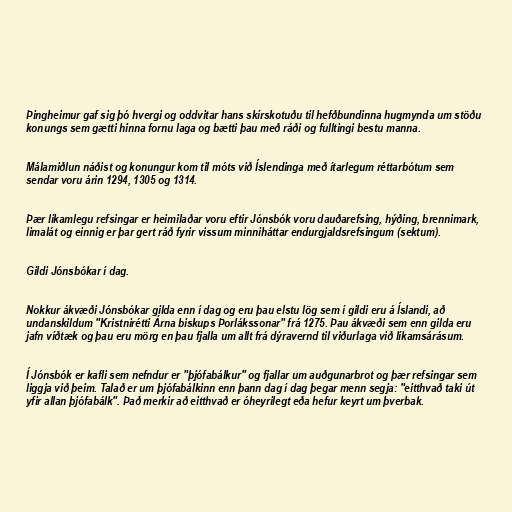
Þingheimur gaf sig þó hvergi og oddvitar hans skírskotuðu til hefðbundinna hugmynda um stöðu
konungs sem gætti hinna fornu laga og bætti þau með ráði og fulltingi bestu manna.

Málamiðlun náðist og konungur kom til móts við Íslendinga með ítarlegum réttarbótum sem
sendar voru árin 1294, 1305 og 1314.

Þær líkamlegu refsingar er heimilaðar voru eftir Jónsbók voru dauðarefsing, hýðing, brennimark,
limalát og einnig er þar gert ráð fyrir vissum minniháttar endurgjaldsrefsingum (sektum).

Gildi Jónsbókar í dag.

Nokkur ákvæði Jónsbókar gilda enn í dag og eru þau elstu lög sem í gildi eru á Íslandi, að
undanskildum "Kristnirétti Árna biskups Þorlákssonar" frá 1275. Þau ákvæði sem enn gilda eru
jafn víðtæk og þau eru mörg en þau fjalla um allt frá dýravernd til viðurlaga við líkamsárásum.

Í Jónsbók er kafli sem nefndur er "þjófabálkur" og fjallar um auðgunarbrot og þær refsingar sem
liggja við þeim. Talað er um þjófabálkinn enn þann dag í dag þegar menn segja: "eitthvað taki út
yfir allan þjófabálk". Það merkir að eitthvað er óheyrilegt eða hefur keyrt um þverbak.